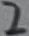
Text: 2